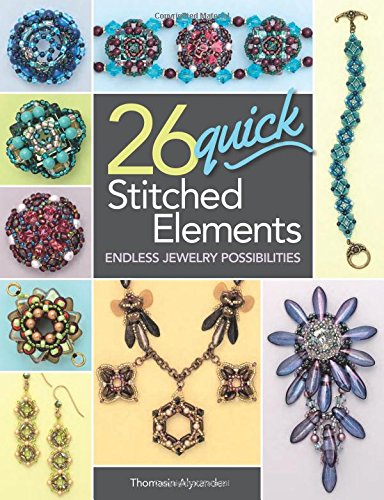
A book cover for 26 Quick Stitched Elements: Endless Jewelry Possibilities; Thomasin Alyxander; Crafts, Hobbies & Home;